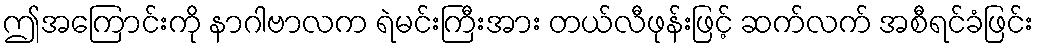
ဤအကြောင်းကို နာဂါဗာလက ရဲမင်းကြီးအား တယ်လီဖုန်းဖြင့် ဆက်လက် အစီရင်ခံဖြင်း